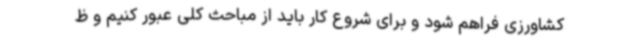
کشاورزی فراهم شود و برای شروع کار باید از مباحث کلی عبور کنیم و ظ